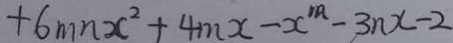
+ 6 m n x ^ { 2 } + 4 m x - x ^ { m } - 3 n x - 2